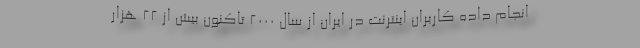
انجام داده كاربران اينترنت در ايران از سال ۲۰۰۰ تاكنون بيش از ۲۲ هزار